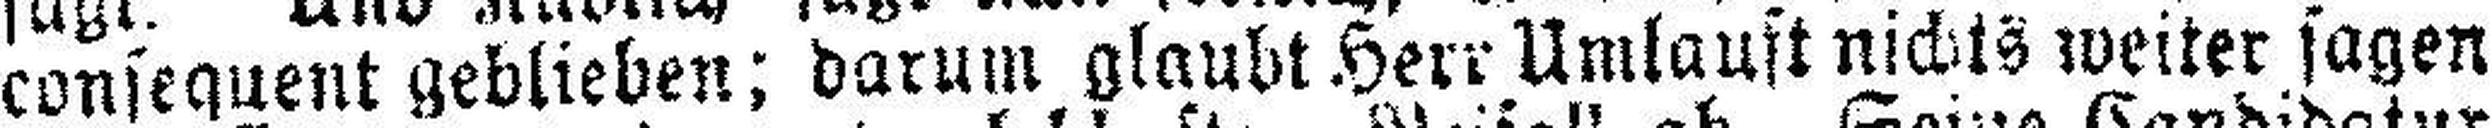
consequent geblieben; darum glaubt Herr Umlauft nichts weiter sagen